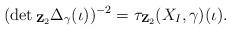
LaTeX: \begin{align*}(\det{}_{{\mathbf Z}_{2}}\Delta_{\gamma}(\iota))^{-2} = \tau_{{\mathbf Z}_{2}}(X_{I},\gamma)(\iota).\end{align*}